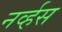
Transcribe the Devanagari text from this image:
नव्‍र्हस